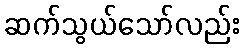
ဆက်သွယ်သော်လည်း